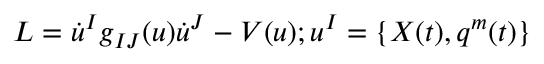
L = \dot { u } ^ { I } g _ { I J } ( u ) \dot { u } ^ { J } - V ( u ) ; u ^ { I } = \{ X ( t ) , q ^ { m } ( t ) \}